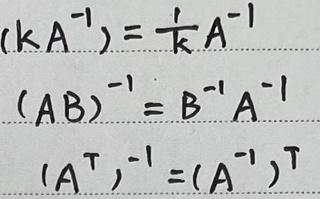
\[
\begin{align*}
(kA^{-1})&=\frac{1}{k}A^{-1}\\
(AB)^{-1}&=B^{-1}A^{-1}\\
(A^{T})^{-1}&=(A^{-1})^{T}
\end{align*}
\]